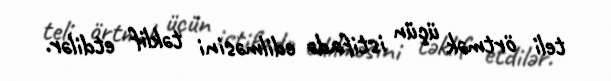
teli örtmək üçün istifadə edilməsini təklif etdilər.